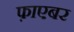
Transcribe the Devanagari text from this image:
फ़ाएबर